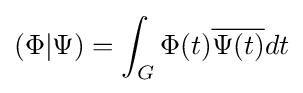
(\Phi |\Psi )=\int _{G}\Phi (t){\overline {\Psi (t)}}dt